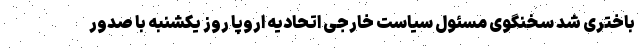
باختری شد سخنگوی مسئول سیاست خارجی اتحادیه اروپا روز یکشنبه با صدور